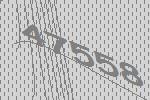
47558